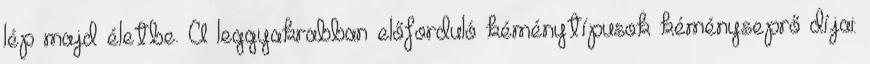
lép majd életbe. A leggyakrabban előforduló kéménytípusok kéményseprő díjai: